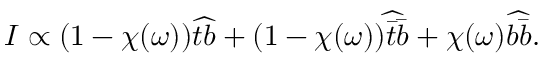
{ \cal I } \propto ( 1 - \chi ( \omega ) ) \widehat { t b } + ( 1 - \chi ( \omega ) ) \widehat { \bar { t } \bar { b } } + \chi ( \omega ) \widehat { b \bar { b } } .